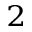
^ 2